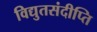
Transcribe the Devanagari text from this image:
विद्युतसंदीप्ति